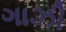
ગાઝી